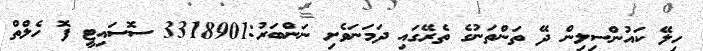
ހިލޭ ކައުންސިލިން ދޭ ތަންތަނުގެ ތެރޭގައި ދަމަނަވެށި ނަންބަރު:3318901 ސޮސައިޓީ ފޮ ހެލްތް